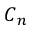
C { _ n }